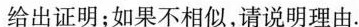
给出证明；如果不相似，请说明理由.